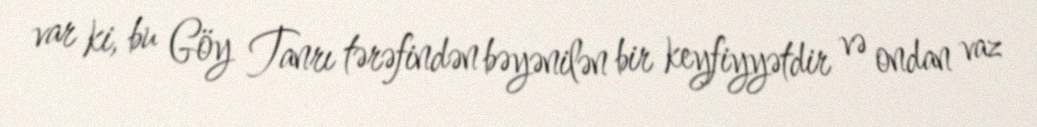
var ki, bu Göy Tanrı tərəfindən bəyənilən bir keyfiyyətdir və ondan vaz